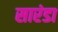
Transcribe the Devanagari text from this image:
सारंडा